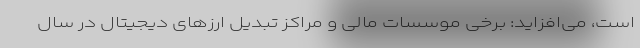
است، می‌افزاید: برخی موسسات مالی و مراکز تبدیل ارزهای دیجیتال در سال